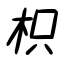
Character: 枳